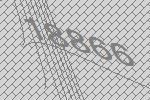
18866